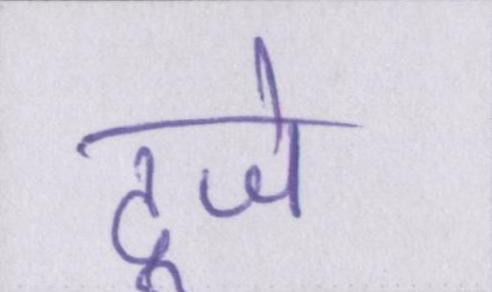
दूजे